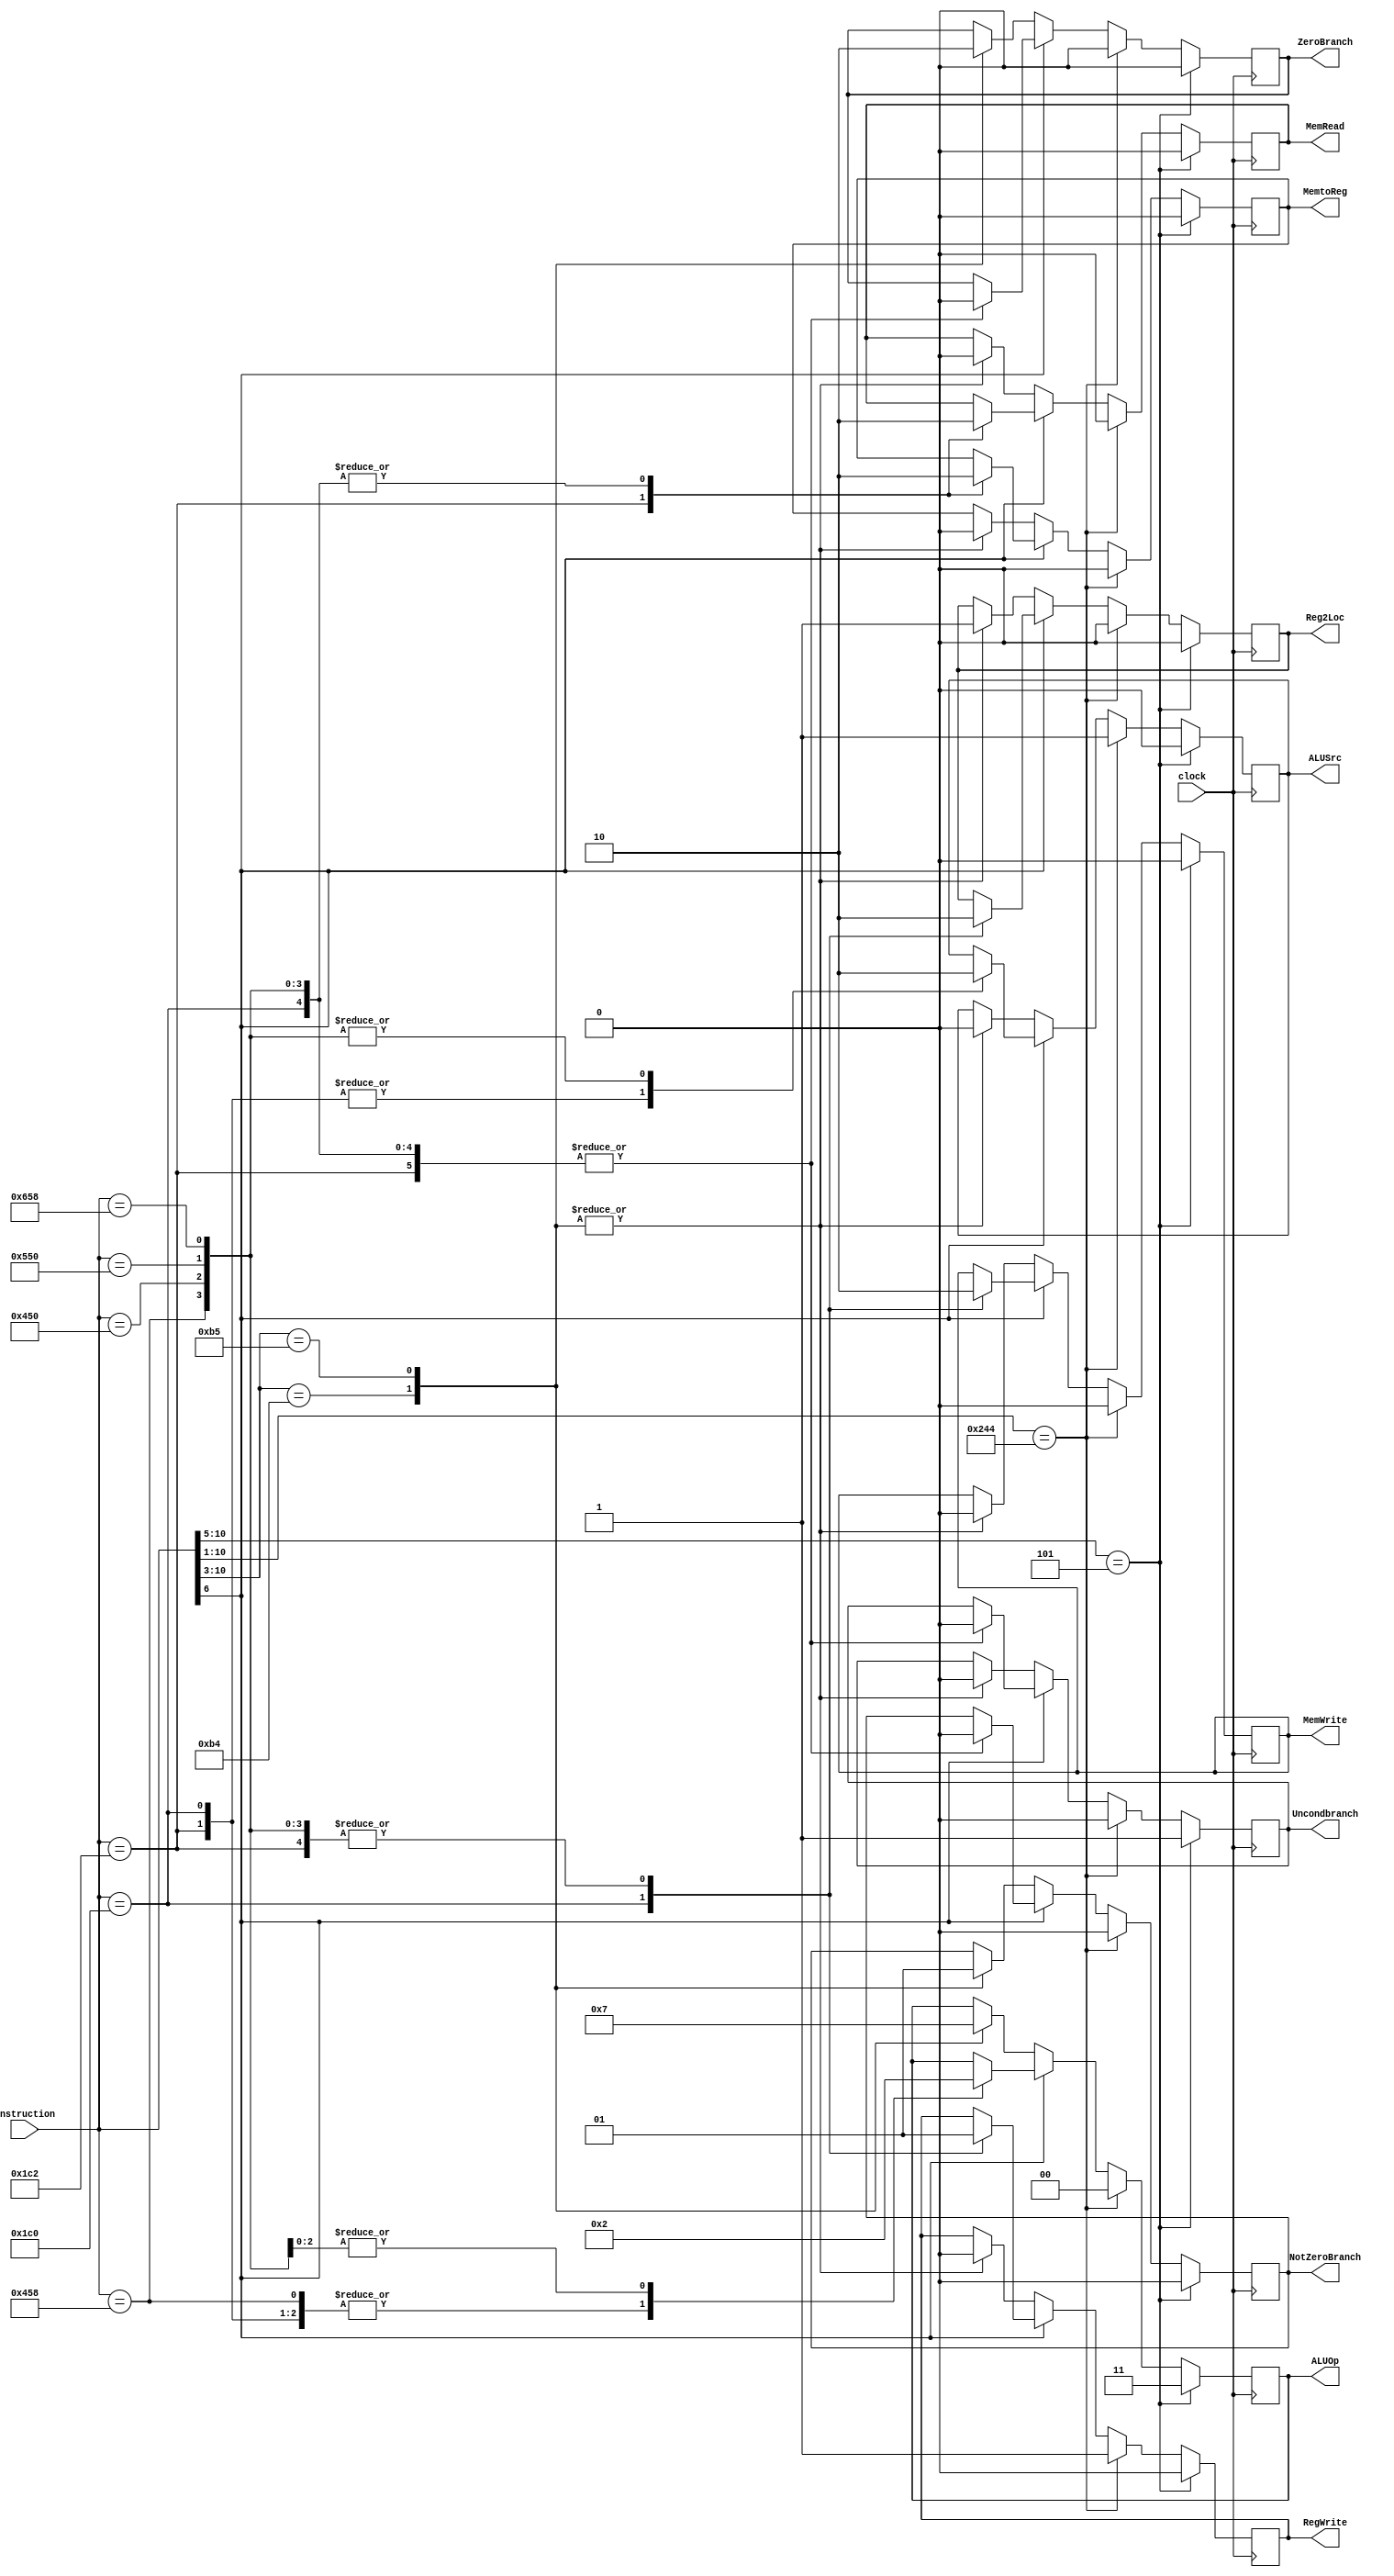
module Control
(
	input clock,
	input[31:21] instruction,
	
	output NotZeroBranch,
	output Reg2Loc,
	output Uncondbranch,
	output ZeroBranch,
	output MemRead,
	output MemtoReg,
	output[1:0] ALUOp,
	output MemWrite,
	output ALUSrc,
	output RegWrite
);
	
	reg NotZeroBranch;
	reg Reg2Loc;
	reg Uncondbranch;
	reg ZeroBranch;
	reg MemRead;
	reg MemtoReg;
	reg[1:0] ALUOp;
	reg MemWrite;
	reg ALUSrc;
	reg RegWrite;
	
	
	initial begin  //On being initialized, all output values or set to non-boolean value of 'z'
	
		 NotZeroBranch = 1'bz;
		 Reg2Loc = 1'bz;
		 Uncondbranch = 1'bz;
		 ZeroBranch = 1'bz;
		 MemRead = 1'bz;
		 MemtoReg = 1'bz;
		 ALUOp = 1'bz;
		 MemWrite = 1'bz;
		 ALUSrc = 1'bz;
		 RegWrite = 1'bz;
		
	end
	
	always @(posedge clock) 
	begin
		if(instruction[31:26] == 6'b000101) // B Inst
			begin
				NotZeroBranch = 0;
				Reg2Loc = 0;
				Uncondbranch = 1;
				ZeroBranch = 0;
				MemRead = 0;
				MemtoReg = 0;
				ALUOp = 2'b11;
				MemWrite = 0;
				ALUSrc = 0;
				RegWrite = 0;
			end
		else
			begin
				if(instruction[31:22] == 10'b1001000100) // ADDI Inst
					begin
						NotZeroBranch = 0;
						Reg2Loc = 0;
						Uncondbranch = 0;
						ZeroBranch = 0;
						MemRead = 0;
						MemtoReg = 0;
						ALUOp = 2'b00;
						MemWrite = 0;
						ALUSrc = 1;
						RegWrite = 1;
					end
				else
					begin 
						if(!instruction[27])
							begin
								case(instruction[31:24]) // CB-type inst.s
									8'b10110100: // CBZ Inst
										begin
											NotZeroBranch = 0;
											Reg2Loc = 1;
											Uncondbranch = 0;
											ZeroBranch = 1;
											MemRead = 0;
											MemtoReg = 0;
											ALUOp = 2'b01;
											MemWrite = 0;
											ALUSrc = 0;
											RegWrite = 0;
										end
									8'b10110101: // CBNZ Inst
										begin
											NotZeroBranch = 1;
											Reg2Loc = 1;
											Uncondbranch = 0;
											ZeroBranch = 0;
											MemRead = 0;
											MemtoReg = 0;
											ALUOp = 2'b11;
											MemWrite = 0;
											ALUSrc = 0;
											RegWrite = 0;
										end
								endcase
							end
						else
							begin
								case(instruction) // Rest of R-type, and D-type inst.s
									11'b00111000010: // LDUR Inst
										begin 
											NotZeroBranch = 0;
											Reg2Loc = 0;
											Uncondbranch = 0;
											ZeroBranch = 0;
											MemRead = 1;
											MemtoReg = 1;
											ALUOp = 2'b00;
											MemWrite = 0;
											ALUSrc = 1;
											RegWrite = 1;
										end
									11'b00111000000: // STUR Inst
										begin 
											NotZeroBranch = 0;
											Reg2Loc = 1;
											Uncondbranch = 0;
											ZeroBranch = 0;
											MemRead = 0;
											MemtoReg = 0;
											ALUOp = 2'b00;
											MemWrite = 1;
											ALUSrc = 1;
											RegWrite = 0;
										end
									11'b10001011000: // ADD Inst
										begin
											NotZeroBranch = 0;
											Reg2Loc = 0;
											Uncondbranch = 0;
											ZeroBranch = 0;
											MemRead = 0;
											MemtoReg = 0;
											ALUOp = 2'b00;
											MemWrite = 0;
											ALUSrc = 0;
											RegWrite = 1;
										end
									11'b11001011000: // SUB Inst
										begin
											NotZeroBranch = 0;
											Reg2Loc = 0;
											Uncondbranch = 0;
											ZeroBranch = 0;
											MemRead = 0;
											MemtoReg = 0;
											ALUOp = 2'b10;
											MemWrite = 0;
											ALUSrc = 0;
											RegWrite = 1;
										end
									11'b10001010000: // AND Inst
										begin
											NotZeroBranch = 0;
											Reg2Loc = 0;
											Uncondbranch = 0;
											ZeroBranch = 0;
											MemRead = 0;
											MemtoReg = 0;
											ALUOp = 2'b10;
											MemWrite = 0;
											ALUSrc = 0;
											RegWrite = 1;
										end
									11'b10101010000: // ORR Inst
										begin
											NotZeroBranch = 0;
											Reg2Loc = 0;
											Uncondbranch = 0;
											ZeroBranch = 0;
											MemRead = 0;
											MemtoReg = 0;
											ALUOp = 2'b10;
											MemWrite = 0;
											ALUSrc = 0;
											RegWrite = 1;
										end
								endcase
							end
					end
			end
	end	
endmodule